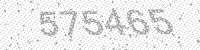
Solution: 575465